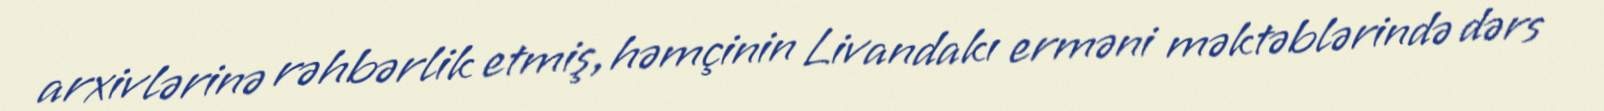
arxivlərinə rəhbərlik etmiş, həmçinin Livandakı erməni məktəblərində dərs